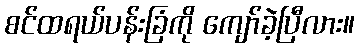
စင်ထရယ်ပန်းခြံကို ကျော်ခဲ့ပြီလား။